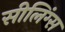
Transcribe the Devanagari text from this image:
सीलिंग्स